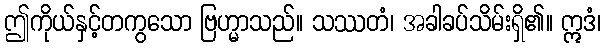
ဤကိုယ်နှင့်တကွသော ဗြဟ္မာသည်။ သဿတံ၊ အခါခပ်သိမ်းရှိ၏။ ဣဒံ၊